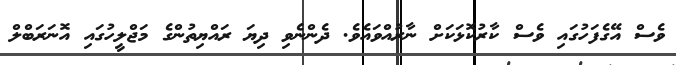
ވެސް އޭގެފަހުގައި ވެސް ކާރުކޮޅަކަށް ނާރުއްވައެވެ. ދެންނެވި ދިޔަ ރައްޔިތުންގެ މަޖްލީހުގައި އޮނަރަބްލް